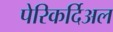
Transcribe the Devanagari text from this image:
पेरिकर्दिअल